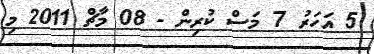
5 އަހަރު 7 މަސް ކުރިން - 08 މާޗް 2011 މި